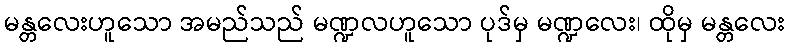
မန္တလေးဟူသော အမည်သည် မဏ္ဍလဟူသော ပုဒ်မှ မဏ္ဍလေး၊ ထိုမှ မန္တလေး